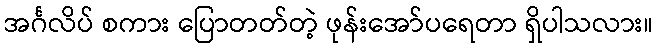
အင်္ဂလိပ် စကား ပြောတတ်တဲ့ ဖုန်းအော်ပရေတာ ရှိပါသလား။